Report on vaccination in Madras 1904-1921 - 1904-1921
Year: 1904
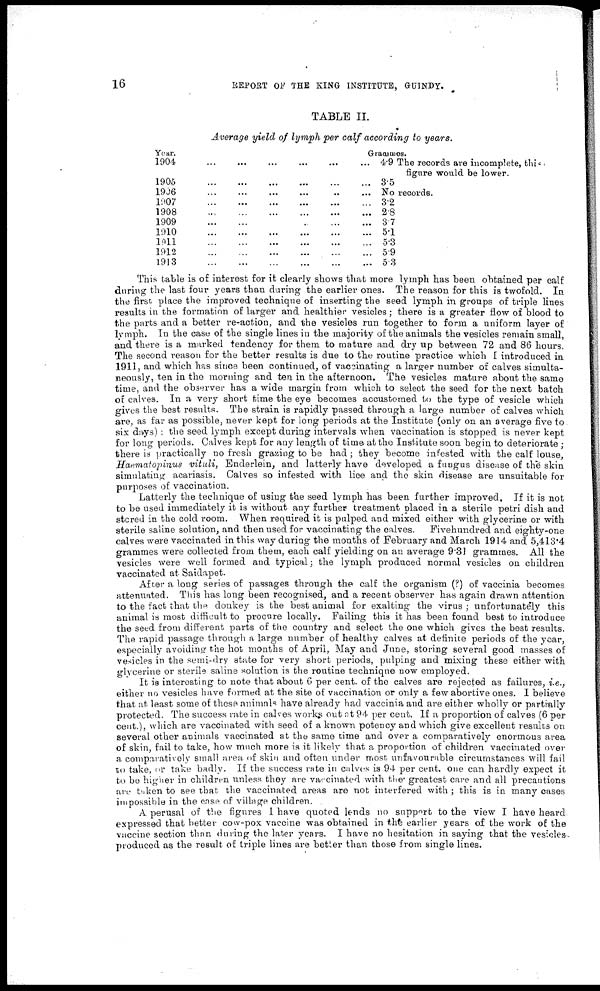
16
REPORT OF THE KING INSTITUTE, GUINDY.
TABLE II.
Average yield of lymph per calf according to years.
Year.
Grammes.
1904
...
...
...
...
... ...
1905
...
...
...
...
... ...
1906
...
...
...
...
...
...
l907
...
...
...
...
...
...
1908
...
...
...
...
... ...
1909
...
...
...
...
... ...
1910
...
...
...
...
... ...
1911
...
...
...
...
...
...
1912
...
...
...
...
... ...
1913
...
...
...
...
... ...
4.9 The records are incomplete, this
figure would be lower.
3.5
No records.
3.2
2.8
3.7
5.1
5.3
5.9
5.3
This table is of interest for it clearly shows that more lymph has been obtained per calf
during the last four years than during the earlier ones. The reason for this is twofold. In
the first place the improved technique of inserting the seed lymph in groups of triple lines
results in the formation of larger and healthier vesicles ; there is a greater flow of blood to
the parts and a better re-action, and the vesicles run together to form a uniform layer of
lymph. In the case of the single lines in the majority of the animals the vesicles remain small,
and there is a marked tendency for them to mature and dry up between 72 and 86 hours.
The second reason for the better results is due to the routine practice which I introduced in
1911, and which has since been continued, of vaccinating a larger number of calves simulta-
neously, ten in the morning and ten in the afternoon. The vesicles mature about the same
time, and the observer has a wide margin from which to select the seed for the next batch
of calves. In a very short time the eye becomes accustomed to the type of vesicle which
gives the best results. The strain is rapidly passed through a large number of calves which
are, as far as possible, never kept for long periods at the Institute (only on an average five to
six days) ; the seed lymph except during intervals when vaccination is stopped is never kept
for long periods. Calves kept for any length of time at the Institute soon begin to deteriorate ;
there is practically no fresh grazing to be had ; they become infested with the calf louse,
Haematopinus vituli, Enderlein, and latterly have developed a fungus disease of the skin
simulating acariasis. Calves so infested with lice and the skin disease are unsuitable for
purposes of vaccination.
Latterly the technique of using the seed lymph has been further improved. If it is not
to be used immediately it is without any further treatment placed in a sterile petri dish and
stored in the cold room. When required it is pulped and mixed either with glycerine or with
sterile saline solution, and then used for vaccinating the calves. Fivehundred and eighty-one
calves were vaccinated in this way during the months of February and March 1914 and 5,413.4
grammes were collected from them, each calf yielding on an average 9.31 grammes. All the
vesicles were well formed and typical; the lymph produced normal vesicles on children
vaccinated at Saidapet.
After a long series of passages through the calf the organism (?) of vaccinia becomes
attenuated. This has long been recognised, and a recent observer has again drawn attention
to the fact that the donkey is the best animal for exalting the virus ; unfortunately this
animal is most difficult to procure locally. Failing this it has been found best to introduce
the seed from different parts of the country and select the one which gives the best results.
The rapid passage through a large number of healthy calves at definite periods of the year,
especially avoiding the hot months of April, May and June, storing several good masses of
vesicles in the semi-dry state for very short periods, pulping and mixing these either with
glycerine or sterile saline solution is the routine technique now employed.
It is interesting to note that about 6 per cent. of the calves are rejected as failures, i.e.,
either no vesicles have formed at the site of vaccination or only a few abortive ones. I believe
that at least some of these animals have already had vaccinia and are either wholly or partially
protected. The success rate in calves works out at 94 per cent. If a proportion of calves (6 per
cent.), which are vaccinated with seed of a known potency and which give excellent results on
several other animals vaccinated at the same time and over a comparatively enormous area
of skin, fail to take, how much more is it likely that a proportion of children vaccinated over
a comparatively small area of skin and often under most unfavourable circumstances will fail
to take, or take badly. If the success rate in calves is 94 per cent. one can hardly expect it
to be higher in children unless they are vaccinated with the greatest care and all precautions
are taken to see that the vaccinated areas are not interfered with ; this is in many cases
impossible in the case of village children.
A perusal of the figures I have quoted lends no support to the view I have heard
expressed that better cow-pox vaccine was obtained in the earlier years of the work of the
vaccine section than during the later years. I have no hesitation in saying that the vesicles¬
produced as the result of triple lines are better than those from single lines.